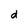
Character: d